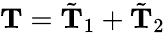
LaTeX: \textbf{T}=\tilde{\textbf{T}}_{1}+\tilde{\textbf{T}}_{2}